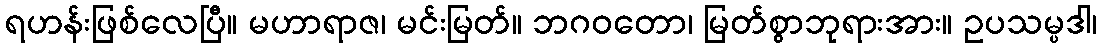
ရဟန်းဖြစ်လေပြီ။ မဟာရာဇ၊ မင်းမြတ်။ ဘဂဝတော၊ မြတ်စွာဘုရားအား။ ဥပသမ္ပဒါ၊